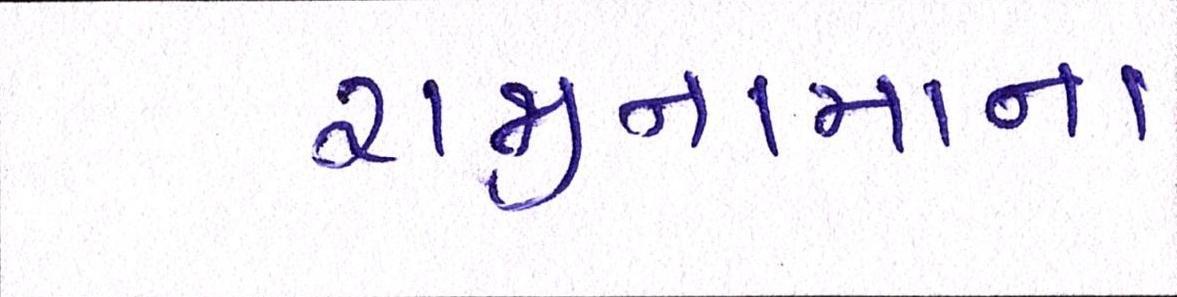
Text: રાજીનામાના